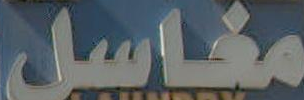
مغاسل